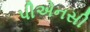
પીએનસી